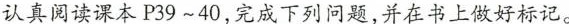
认真阅读课本P39～40，完成下列问题，并在书上做好标记。